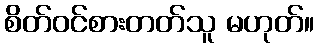
စိတ်ဝင်စားတတ်သူ မဟုတ်။